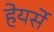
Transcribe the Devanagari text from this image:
हेयर्से